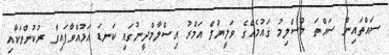
ސައްތައިން ސައްތަ މުސްލިމު ގައުމެއްގެ ވަލީޔުލް އަމްރު އިސްލާމްދީނުގައި ކަނޑަ އަޅުއްވާފައިވާ ރުކުންތަކާއި